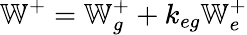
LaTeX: \mathbb{W}^{+}=\mathbb{W}_{g}^{+}+k_{eg}\mathbb{W}_{e}^{+}